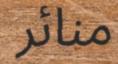
منائر